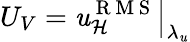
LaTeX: U_{V}=\left.\mathit{u}_{\mathcal{{H}}}^{\mathrm{{~R~M~S~}}}\right\vert_{\lambda_{\mathit{u}}}